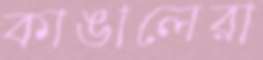
কাঙালেরা